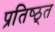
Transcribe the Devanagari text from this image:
प्रतिष्ठ्त